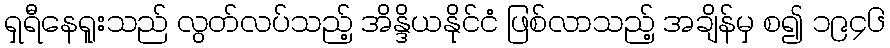
ရှရီနေရူးသည် လွတ်လပ်သည့် အိန္ဒိယနိုင်ငံ ဖြစ်လာသည့် အချိန်မှ စ၍ ၁၉၄၆